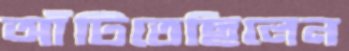
আঁটিতেছিলেন